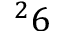
^ 2 6